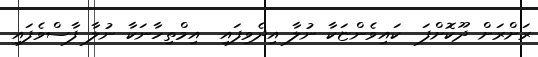
ރަށްރަށް ދޫކޮށްފަ  ކައިވެންޏަކާ ނުލާ އިދެވިފައި  އިމްތިހާނަކާ ނުލާ ފާސްވެފައި